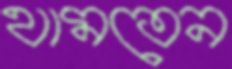
থামতেন